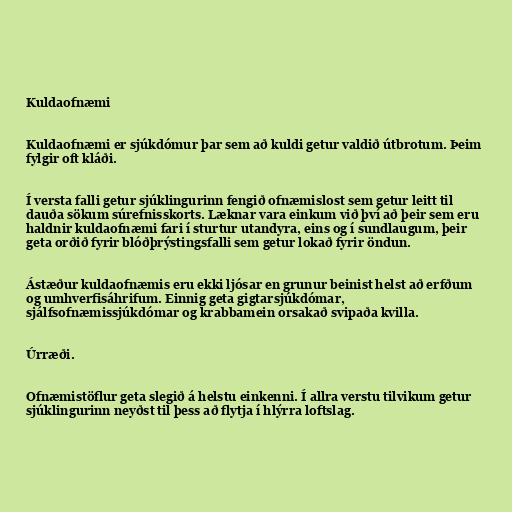
Kuldaofnæmi

Kuldaofnæmi er sjúkdómur þar sem að kuldi getur valdið útbrotum. Þeim
fylgir oft kláði.

Í versta falli getur sjúklingurinn fengið ofnæmislost sem getur leitt til
dauða sökum súrefnisskorts. Læknar vara einkum við því að þeir sem eru
haldnir kuldaofnæmi fari í sturtur utandyra, eins og í sundlaugum, þeir
geta orðið fyrir blóðþrýstingsfalli sem getur lokað fyrir öndun.

Ástæður kuldaofnæmis eru ekki ljósar en grunur beinist helst að erfðum
og umhverfisáhrifum. Einnig geta gigtarsjúkdómar,
sjálfsofnæmissjúkdómar og krabbamein orsakað svipaða kvilla.

Úrræði.

Ofnæmistöflur geta slegið á helstu einkenni. Í allra verstu tilvikum getur
sjúklingurinn neyðst til þess að flytja í hlýrra loftslag.